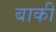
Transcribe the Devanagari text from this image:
बाकीं